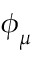
\boldsymbol { \phi } _ { \mu }